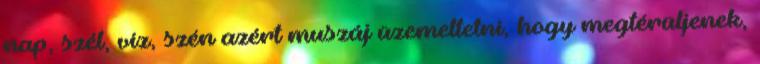
nap, szél, víz, szén azért muszáj üzemeltetni, hogy megtérüljenek,